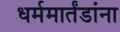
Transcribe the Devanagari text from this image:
धर्ममार्तंडांना